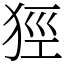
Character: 㹵